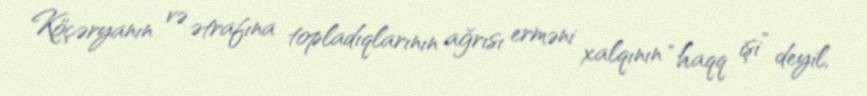
Köçəryanın və ətrafına topladıqlarının ağrısı erməni xalqının “haqq işi” deyil,